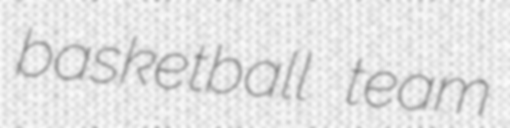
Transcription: basketball team